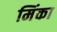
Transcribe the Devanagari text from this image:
मिंका